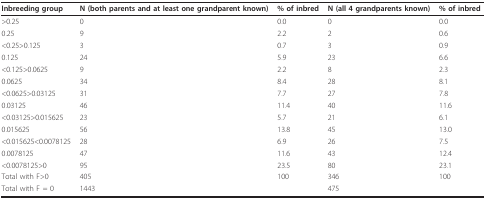
<table><thead><tr><td><b>Inbreeding group</b></td><td><b>N (both parents and at least one grandparent known)</b></td><td><b>% of inbred</b></td><td><b>N (all 4 grandparents known)</b></td><td><b>% of inbred</b></td></tr></thead><tbody><tr><td>&gt;0.25</td><td>0</td><td>0.0</td><td>0</td><td>0.0</td></tr><tr><td>0.25</td><td>9</td><td>2.2</td><td>2</td><td>0.6</td></tr><tr><td>&lt;0.25&gt;0.125</td><td>3</td><td>0.7</td><td>3</td><td>0.9</td></tr><tr><td>0.125</td><td>24</td><td>5.9</td><td>23</td><td>6.6</td></tr><tr><td>&lt;0.125&gt;0.0625</td><td>9</td><td>2.2</td><td>8</td><td>2.3</td></tr><tr><td>0.0625</td><td>34</td><td>8.4</td><td>28</td><td>8.1</td></tr><tr><td>&lt;0.0625&gt;0.03125</td><td>31</td><td>7.7</td><td>27</td><td>7.8</td></tr><tr><td>0.03125</td><td>46</td><td>11.4</td><td>40</td><td>11.6</td></tr><tr><td>&lt;0.03125&gt;0.015625</td><td>23</td><td>5.7</td><td>21</td><td>6.1</td></tr><tr><td>0.015625</td><td>56</td><td>13.8</td><td>45</td><td>13.0</td></tr><tr><td>&lt;0.015625&lt;0.0078125</td><td>28</td><td>6.9</td><td>26</td><td>7.5</td></tr><tr><td>0.0078125</td><td>47</td><td>11.6</td><td>43</td><td>12.4</td></tr><tr><td>&lt;0.0078125&gt;0</td><td>95</td><td>23.5</td><td>80</td><td>23.1</td></tr><tr><td>Total with F&gt;0</td><td>405</td><td>100</td><td>346</td><td>100</td></tr><tr><td>Total with F = 0</td><td>1443</td><td></td><td>475</td><td></td></tr></tbody></table>